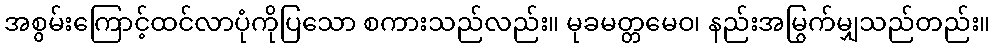
အစွမ်းကြောင့်ထင်လာပုံကိုပြသော စကားသည်လည်း။ မုခမတ္တမေဝ၊ နည်းအမြွက်မျှသည်တည်း။